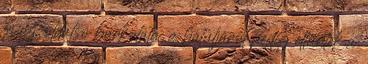
és az oldalsó burkolata, a hátuljáról pedig eltűntek a